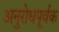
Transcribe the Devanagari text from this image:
अनुरोधपूर्वक